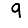
Digit: 9